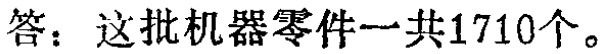
答：这批机器零件一共1710个。